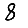
Digit: 8